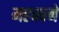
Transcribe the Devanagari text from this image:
महकाने